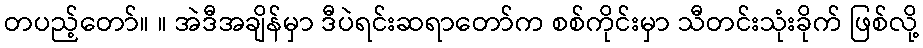
တပည့်တော်။ ။ အဲဒီအချိန်မှာ ဒီပဲရင်းဆရာတော်က စစ်ကိုင်းမှာ သီတင်းသုံးခိုက် ဖြစ်လို့